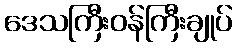
ဒေသကြီးဝန်ကြီးချုပ်